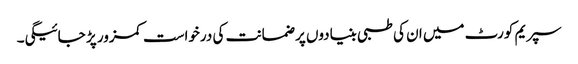
سپریم کورٹ میں ان کی طبی بنیادوں پر ضمانت کی درخواست کمزور پڑ جائیگی۔